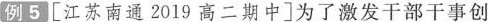
例5 [江苏南通2019高二期中]为了激发干部干事创